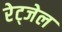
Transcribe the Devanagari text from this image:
रेट्जेल